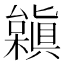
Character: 𣞟